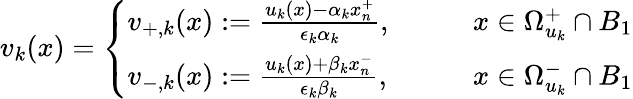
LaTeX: v_{k}(x)=\left\{ \begin{array}{ll}{v_{+,k}(x):=\frac{u_{k}(x)-\alpha_{k}x_{n}^{+}}{\epsilon_{k}\alpha_{k}},\qquad}&{x\in\Omega_{u_{k}}^{+}\cap B_{1}}\\ {v_{-,k}(x):=\frac{u_{k}(x)+\beta_{k}x_{n}^{-}}{\epsilon_{k}\beta_{k}},\qquad}&{x\in\Omega_{u_{k}}^{-}\cap B_{1}}\end{array}\right.